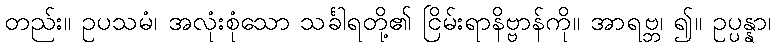
တည်း။ ဥပသမံ၊ အလုံးစုံသော သင်္ခါရတို့၏ ငြိမ်းရာနိဗ္ဗာန်ကို။ အာရဗ္ဘ၊ ၍။ ဥပ္ပန္နာ၊